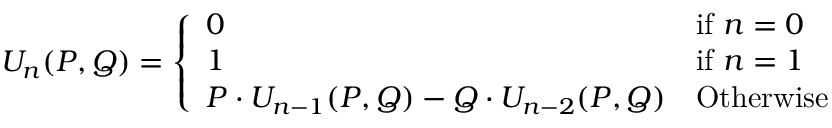
U _ { n } ( P , Q ) = { \left\{ \begin{array} { l l } { 0 } & { { \mathrm { i f ~ } } n = 0 } \\ { 1 } & { { \mathrm { i f ~ } } n = 1 } \\ { P \cdot U _ { n - 1 } ( P , Q ) - Q \cdot U _ { n - 2 } ( P , Q ) } & { { \mathrm { O t h e r w i s e } } } \end{array} \right. }